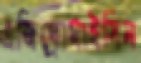
এজিথ্রোমাইসিন